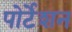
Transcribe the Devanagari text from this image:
पोर्टेशन